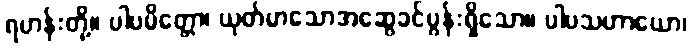
ရဟန်းတို့။ ပါပမိတ္တော၊ ယုတ်မာသောအဆွေခင်ပွန်းရှိသော။ ပါပသဟာယော၊